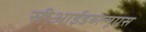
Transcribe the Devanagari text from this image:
सीआईडब्‍ल्‍यूएस